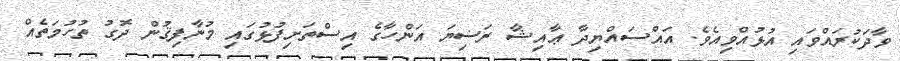
ވާދަކުރައްވައި އުޅުއްވިއެވެ. އައްސައްޔިދާ ޢާއިޝާ ރަޟިޔަ އަންހާގެ އިސްތަށިފުޅުގައި މުނާފިޤުން ދޮގު ތުހުމަތެއް